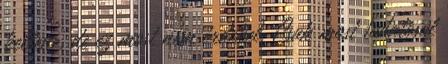
kellene, de ez most nem érdekel. Csak most tudatosul